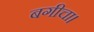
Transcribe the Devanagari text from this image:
बगीचा।